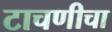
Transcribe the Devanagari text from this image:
टाचणीचा